Proceedings of the meeting of veterinary officers in India
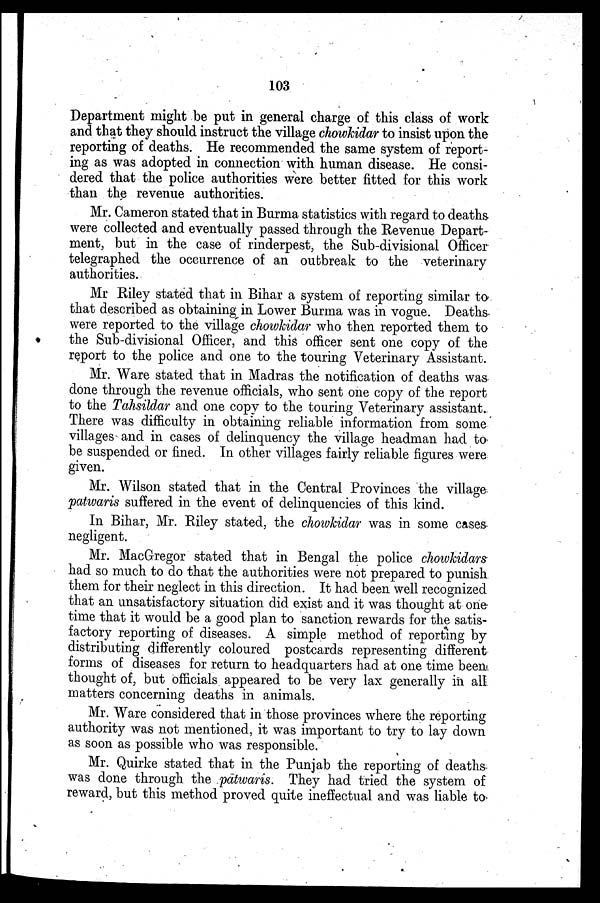
103
Department might be put in general charge of this class of work
and that they should instruct the village chowkidar to insist upon the
reporting of deaths. He recommended the same system of report-
ing as was adopted in connection with human disease. He consi-
dered that the police authorities were better fitted for this work
than the revenue authorities.
Mr. Cameron stated that in Burma statistics with regard to deaths
were collected and eventually passed through the Revenue Depart-
ment, but in the case of rinderpest, the Sub-divisional Officer
telegraphed the occurrence of an outbreak to the veterinary
authorities.
Mr Riley stated that in Bihar a system of reporting similar to
that described as obtaining in Lower Burma was in vogue. Deaths-
were reported to the village chowkidar who then reported them to
the Sub-divisional Officer, and this officer sent one copy of the
report to the police and one to the touring Veterinary Assistant.
Mr. Ware stated that in Madras the notification of deaths was
done through the revenue officials, who sent one copy of the report
to the Tahsildar and one copy to the touring Veterinary assistant.
There was difficulty in obtaining reliable information from some
villages and in cases of delinquency the village headman had to
be suspended or fined. In other villages fairly reliable figures were
given.
Mr. Wilson stated that in the Central Provinces the village
patwaris suffered in the event of delinquencies of this kind.
In Bihar, Mr. Riley stated, the chowkidar was in some cases-
negligent.
Mr. MacGregor stated that in Bengal the police chowkidars
had so much to do that the authorities were not prepared to punish
them for their neglect in this direction. It had been well recognized
that an unsatisfactory situation did exist and it was thought at one
time that it would be a good plan to sanction rewards for the satis-
factory reporting of diseases. A simple method of reporting by
distributing differently coloured postcards representing different
forms of diseases for return to headquarters had at one time been
thought of, but officials appeared to be very lax generally in all
matters concerning deaths in animals.
Mr. Ware considered that in those provinces where the reporting
authority was not mentioned, it was important to try to lay down
as soon as possible who was responsible.
Mr. Quirke stated that in the Punjab the reporting of deaths
was done through the patwaris. They had tried the system of
reward, but this method proved quite ineffectual and was liable to